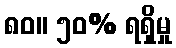
၈၀။ ၅၀% ရရှိမှု